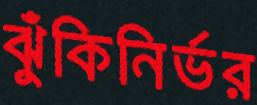
ঝুঁকিনির্ভর